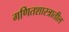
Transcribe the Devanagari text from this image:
गणितशास्त्रातील